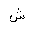
Letter: _shin